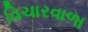
વિચારવાળા